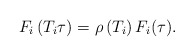
\begin{align*}F_{i}\left(T_{i}\tau\right) = \rho\left(T_{i}\right)F_{i}(\tau).\end{align*}